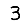
Digit: 3